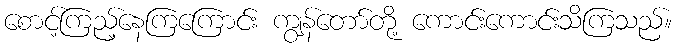
စောင့်ကြည့်နေကြကြောင်း ကျွန်တော်တို့ ကောင်းကောင်းသိကြသည်။